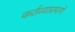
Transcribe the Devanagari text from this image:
कर्तव्याप्रमाणे